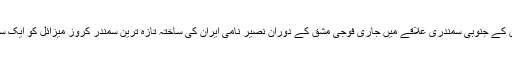
ولایت - 95 سے موسوم ایران کے جنوبی سمندری علاقے میں جاری فوجی مشق کے دوران نصیر نامی ایران کی ساختہ تازہ ترین سمندر کروز میزائل کو ایک سمندری جہاز سے فائر کیا گیا۔